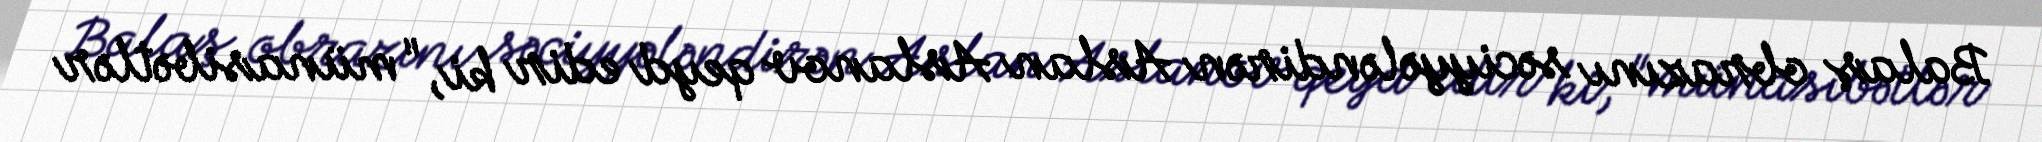
Balaş obrazını səciyyələndirən Aslan Aslanov qeyd edir ki, "münasibətlər